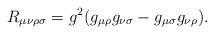
LaTeX: \begin{align*}R_{\mu\nu\rho\sigma}=g^2(g_{\mu\rho}g_{\nu\sigma}-g_{\mu\sigma}g_{\nu\rho}).\end{align*}